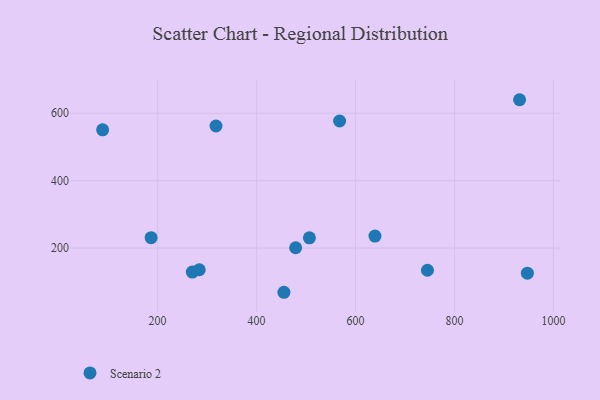
{"axis": {"x": "Investment", "y": "Demand"}, "legend": ["Scenario 2"], "data": [{"x": "284.2", "y": 135.6, "type": "Scenario 2"}, {"x": "270.2", "y": 128.8, "type": "Scenario 2"}, {"x": "88.9", "y": 550.8, "type": "Scenario 2"}, {"x": "567.8", "y": 577.1, "type": "Scenario 2"}, {"x": "639.3", "y": 235.6, "type": "Scenario 2"}, {"x": "745.4", "y": 134.1, "type": "Scenario 2"}, {"x": "186.9", "y": 230.8, "type": "Scenario 2"}, {"x": "931.5", "y": 640.2, "type": "Scenario 2"}, {"x": "506.8", "y": 230.5, "type": "Scenario 2"}, {"x": "318.0", "y": 562.2, "type": "Scenario 2"}, {"x": "479.0", "y": 201.0, "type": "Scenario 2"}, {"x": "455.3", "y": 68.8, "type": "Scenario 2"}, {"x": "947.3", "y": 125.4, "type": "Scenario 2"}]}